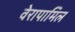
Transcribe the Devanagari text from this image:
वेरापामिल